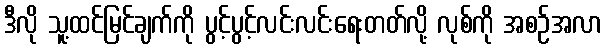
ဒီလို သူ့ထင်မြင်ချက်ကို ပွင့်ပွင့်လင်းလင်းရေးတတ်လို့ လုစ်ကို အစဉ်အလာ